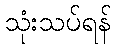
သုံးသပ်ရန်